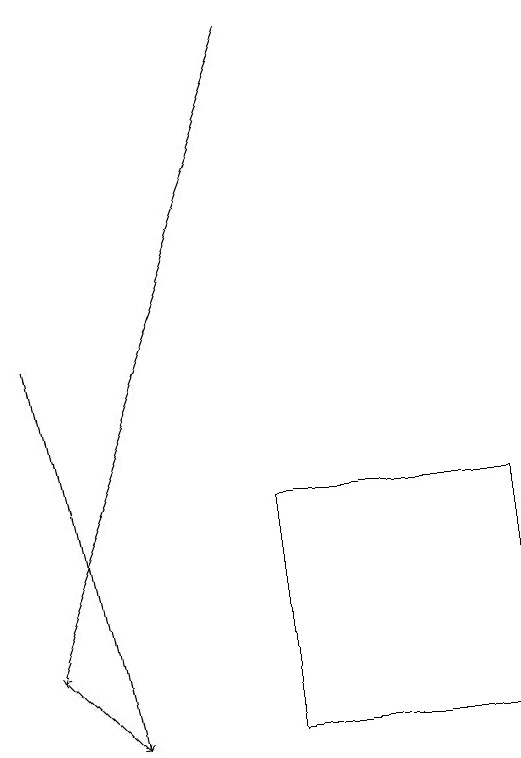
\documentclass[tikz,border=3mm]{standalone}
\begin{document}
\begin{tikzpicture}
\draw (9,10) rectangle (6,13);
\draw[->] (6,19) -- (3,11);
\draw[->] (3,11) -- (4,10);
\draw[->] (3,15) -- (4,10);
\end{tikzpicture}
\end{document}